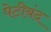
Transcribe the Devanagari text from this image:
पेटीबंद